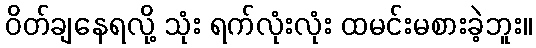
ဝိတ်ချနေရလို့ သုံး ရက်လုံးလုံး ထမင်းမစားခဲ့ဘူး။